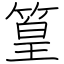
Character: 篁